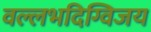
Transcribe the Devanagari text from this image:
वल्लभदिग्विजय